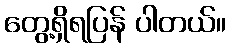
တွေ့ရှိရပြန် ပါတယ်။